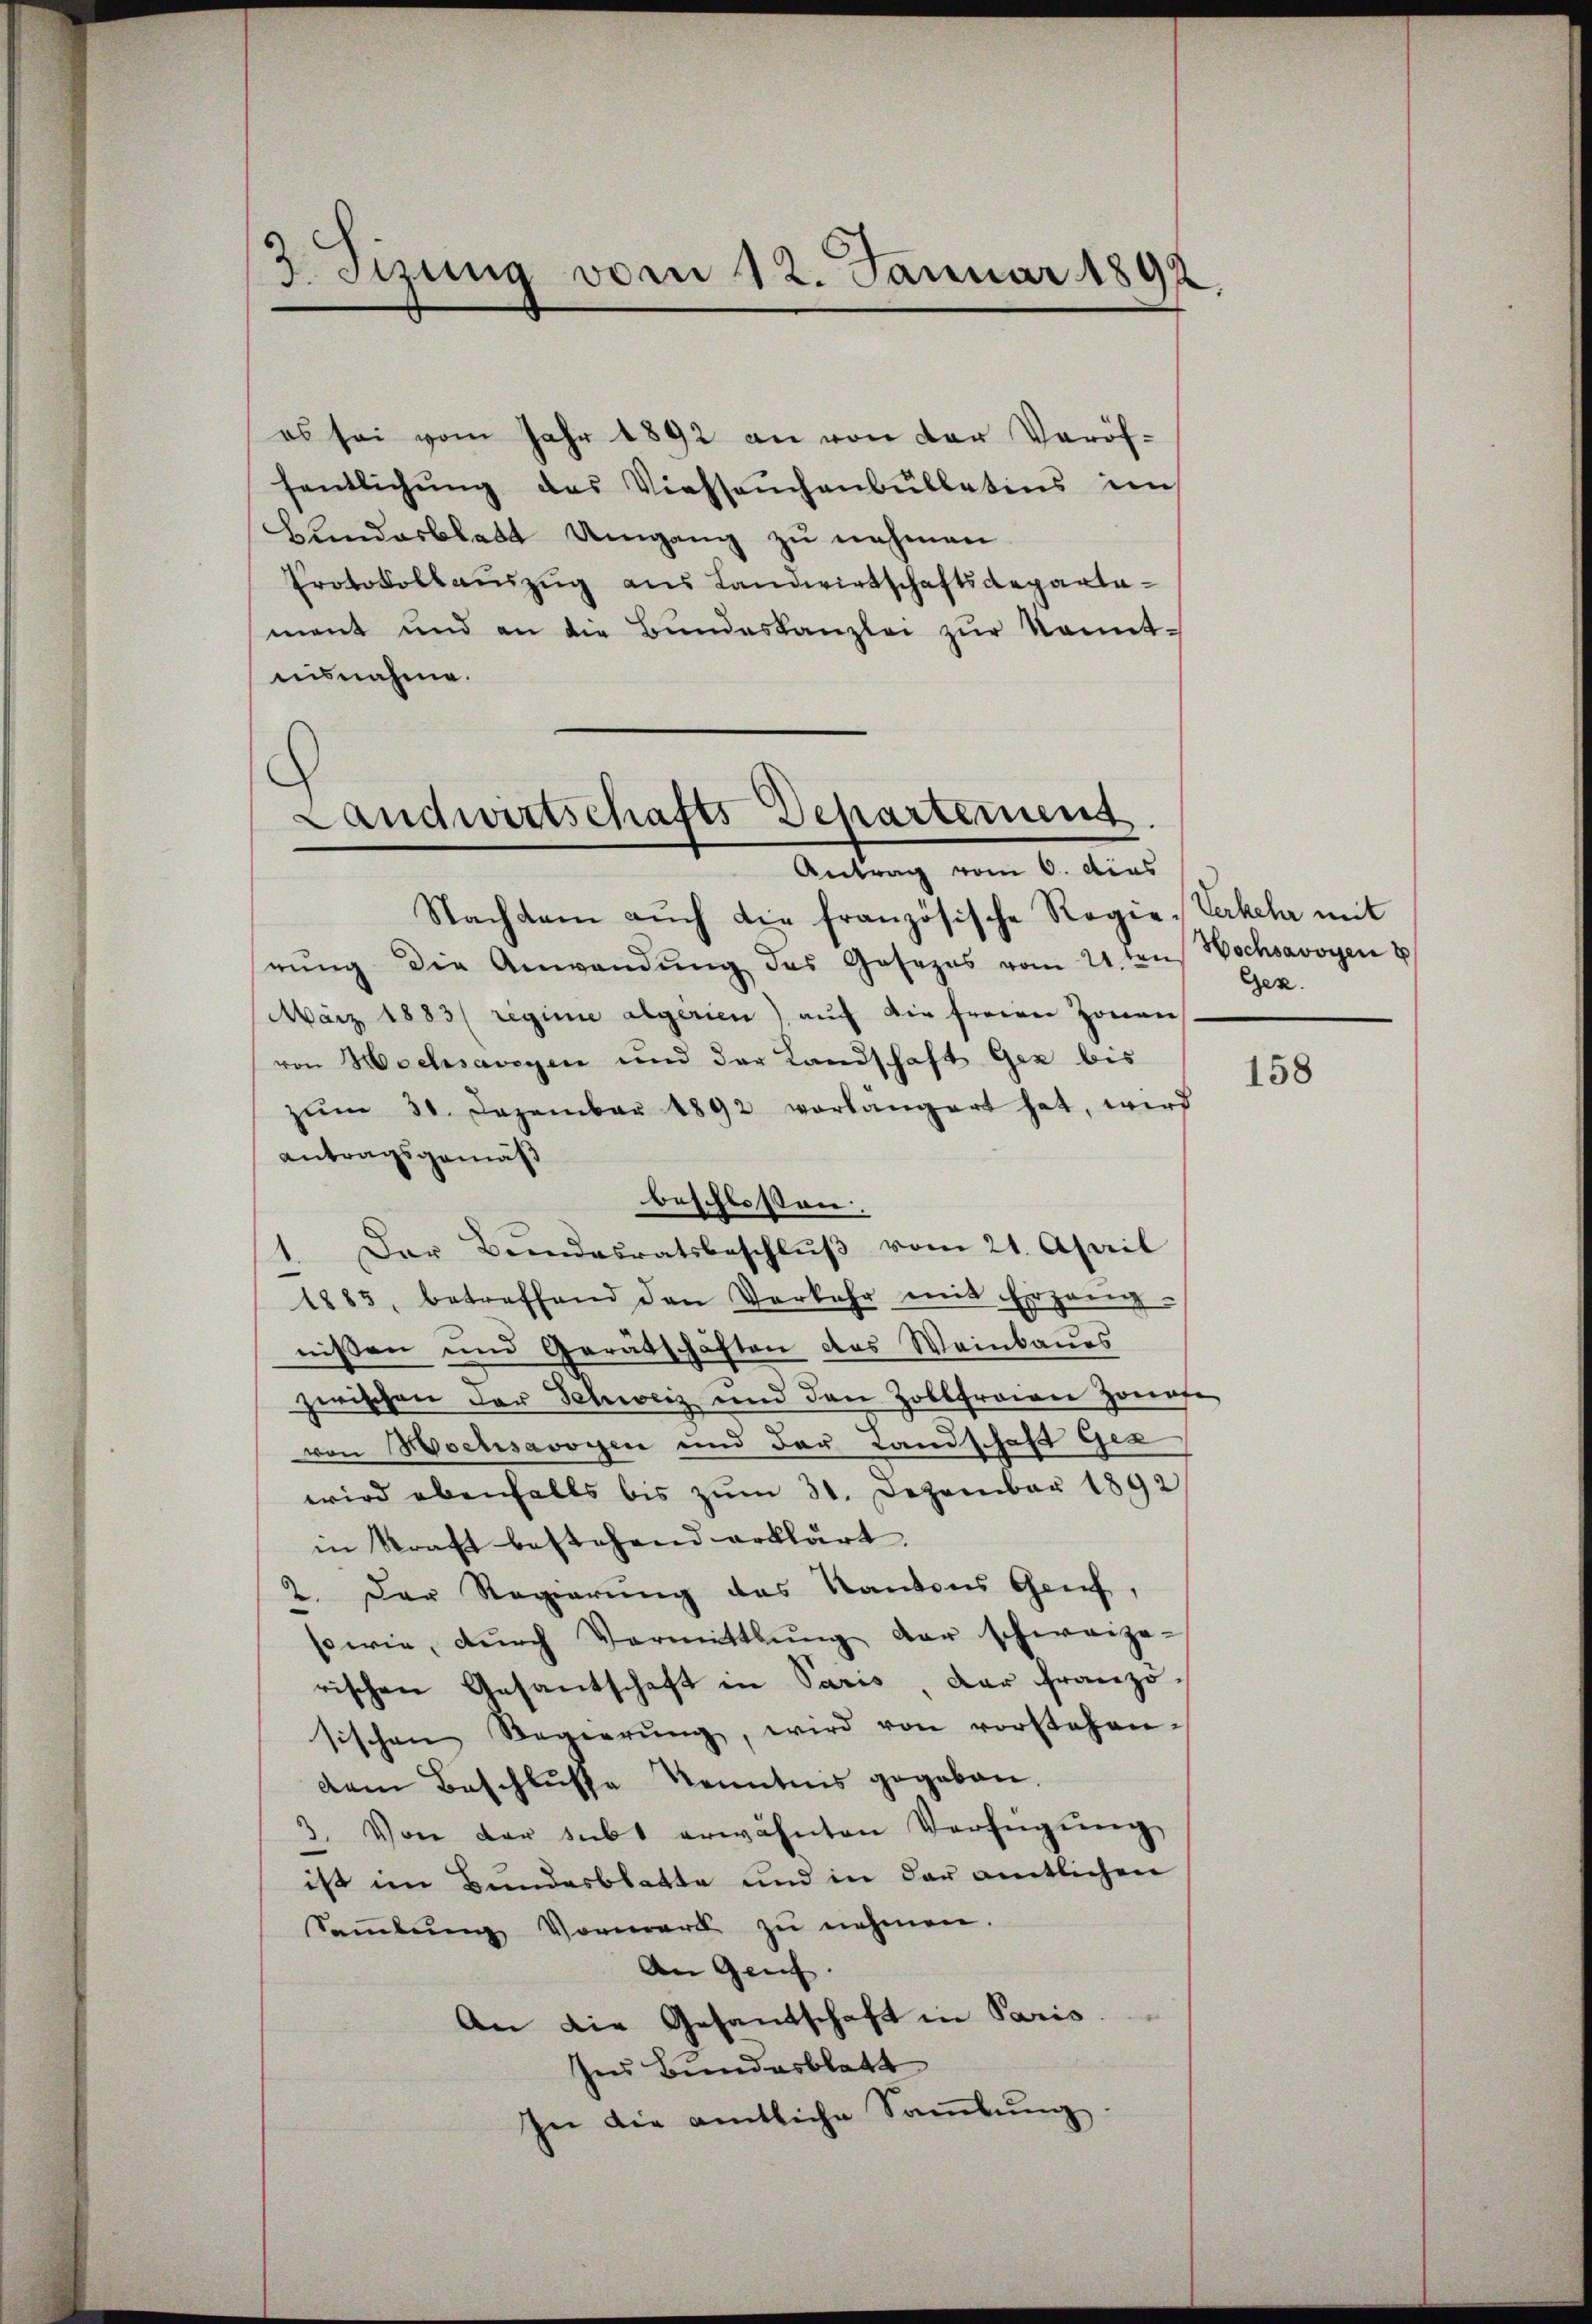
3 Sizung vom 12. Januar 1892.

es sei vom Jahr 1892 an von der Veröfsentlichŭng des Viehseuchenbŭllatins im
bundesblatt Umgang zu nehmen.
Protokollauszug aus Landwirtschaftsdepartament und an die Bŭndeskanzlei zŭr kannt-
nisnahme.

Landwirtschafts Departemens
Antrag vom 6. dies

Gez.

Nachdem aŭch die französische Regie-Sekela mit
rŭng die Anwendŭng des Josezes vom 21.ten Wachsavoyen 8
März 1883/ regime algerien) auf die freien Zonen
von Hochsavoyen und der Landschaft Gez bis
zŭm 31. Dezember 1892 verlängert hat, wird
antragsgemäß
beschlossen.
1. Der Bŭndesratsbeschlŭβ vom 21. April
1883, betreffend den Verkehr mit Erzeug-
nissen und Gerätschaften das Weinbaŭes
zwischen der Schweiz und den Zollfreien Zonafe
von Hochsavoyen und der Landschaft Ges
wird ebenfalls bis zum 31. Dezember 1892
in kraft bestehend erklärt.
2. Der Regierung des Kantons Genf,
sowie, dŭrch Vormittlung der schweize-
rischen Gesantschaft in Paris, der Französischen Regierŭng, wird von vorstehen.
dem Beschlusse Kenntnis gegeben.
3. Von der subt erwähnten Verfügŭng
ist im Bundesblatte und in der amtlichen
Sammlung Vormerk zu nehmen.
An Genf.
An die Gesantschaft in Paris
Ins Bundesblatt
In die amtliche Sammlung

158